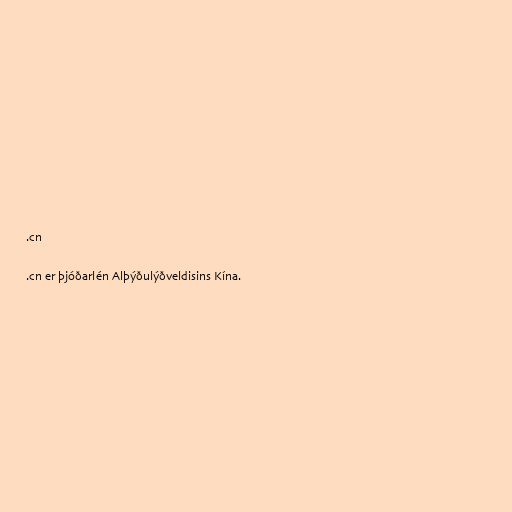
.cn

.cn er þjóðarlén Alþýðulýðveldisins Kína.